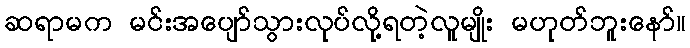
ဆရာမက မင်းအပျော်သွားလုပ်လို့ရတဲ့လူမျိုး မဟုတ်ဘူးနော်။